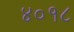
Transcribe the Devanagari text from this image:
४०१८